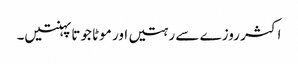
اکثر روزے سے رہتیں اور موٹا جوتا پہنتیں۔